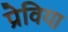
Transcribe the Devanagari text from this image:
प्रेविया